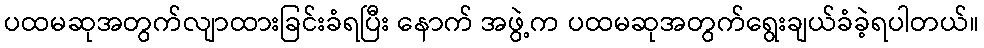
ပထမဆုအတွက်လျာထားခြင်းခံရပြီး နောက် အဖွဲ့က ပထမဆုအတွက်ရွေးချယ်ခံခဲ့ရပါတယ်။